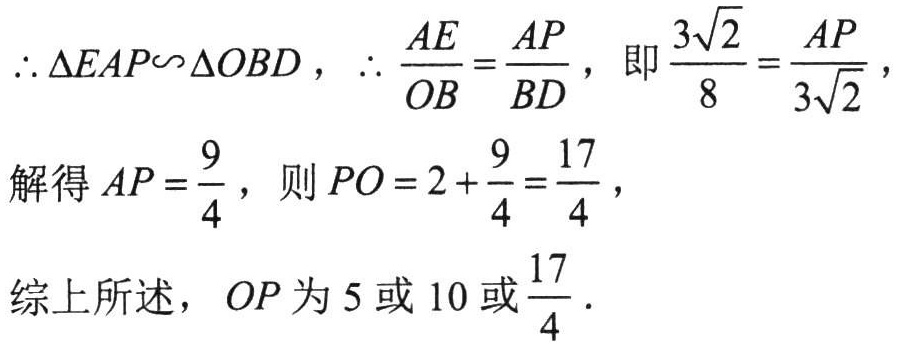
\(\therefore \triangle EAP\backsim\triangle OBD,\ \therefore \frac{AE}{OB}=\frac{AP}{BD},\ 即\frac{3\sqrt{2}}{8}=\frac{AP}{3\sqrt{2}},\)
解得\(AP = \frac{9}{4}\)，则\(PO = 2+\frac{9}{4}=\frac{17}{4}\)，
综上所述，\(OP\)为\(5\)或\(10\)或\(\frac{17}{4}\)．